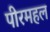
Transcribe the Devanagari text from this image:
पीरमहल